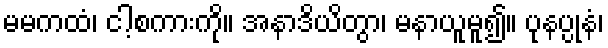
မမကထံ၊ ငါ့စကားကို။ အနာဒိယိတွာ၊ မနာယူမူ၍။ ပုနပ္ပုနံ၊